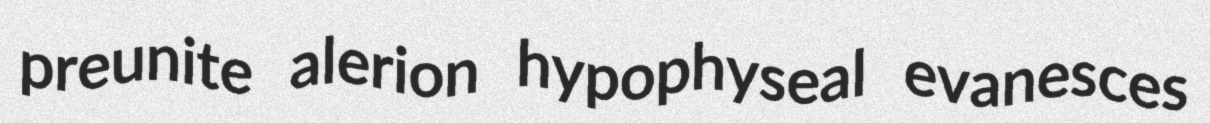
preunite alerion hypophyseal evanesces